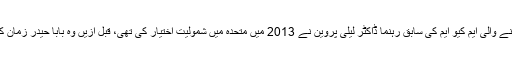
خیبرپختونخواہ کے ہزارہ بیلٹ سے تعلق رکھنے والی ایم کیو ایم کی سابق رہنما ڈاکٹر لیلیٰ پروین نے 2013 میں متحدہ میں شمولیت اختیار کی تھی، قبل ازیں وہ بابا حیدر زمان کے ساتھ تحریک صوبہ ہزارہ میں شامل تھیں۔